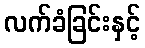
လက်ခံခြင်းနှင့်